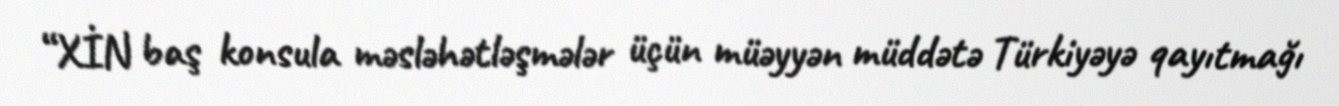
“XİN baş konsula məsləhətləşmələr üçün müəyyən müddətə Türkiyəyə qayıtmağı